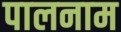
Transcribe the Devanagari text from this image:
पालनाम